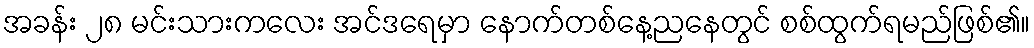
အခန်း ၂၈ မင်းသားကလေး အင်ဒရေမှာ နောက်တစ်နေ့ညနေတွင် စစ်ထွက်ရမည်ဖြစ်၏။